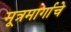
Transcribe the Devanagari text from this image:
मूत्रमार्गाचे